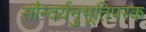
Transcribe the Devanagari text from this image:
सौन्दर्यनुभूतिपरक